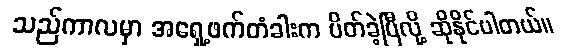
သည်ကာလမှာ အရှေ့ဖက်တံခါးက ပိတ်ခဲ့ပြီလို့ ဆိုနိုင်ပါတယ်။